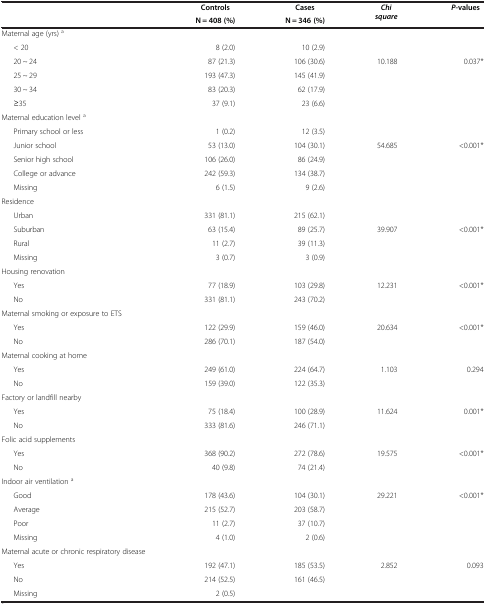
<table><thead><tr><td rowspan="2"><b> </b></td><td><b>Controls</b></td><td><b>Cases</b></td><td rowspan="2"><b><i>Chi square</i></b></td><td rowspan="2"><b><i>P</i>-values</b></td></tr><tr><td><b>N = 408 (%)</b></td><td><b>N = 346 (%)</b></td></tr></thead><tbody><tr><td>Maternal age (yrs) <sup>a</sup></td><td> </td><td> </td><td> </td><td> </td></tr><tr><td>&lt; 20</td><td>8 (2.0)</td><td>10 (2.9)</td><td> </td><td> </td></tr><tr><td>20 ~ 24</td><td>87 (21.3)</td><td>106 (30.6)</td><td>10.188</td><td>0.037*</td></tr><tr><td>25 ~ 29</td><td>193 (47.3)</td><td>145 (41.9)</td><td> </td><td> </td></tr><tr><td>30 ~ 34</td><td>83 (20.3)</td><td>62 (17.9)</td><td> </td><td> </td></tr><tr><td>≥35</td><td>37 (9.1)</td><td>23 (6.6)</td><td> </td><td> </td></tr><tr><td>Maternal education level <sup>a</sup></td><td> </td><td> </td><td> </td><td> </td></tr><tr><td>Primary school or less</td><td>1 (0.2)</td><td>12 (3.5)</td><td> </td><td> </td></tr><tr><td>Junior school</td><td>53 (13.0)</td><td>104 (30.1)</td><td>54.685</td><td>&lt;0.001*</td></tr><tr><td>Senior high school</td><td>106 (26.0)</td><td>86 (24.9)</td><td> </td><td> </td></tr><tr><td>College or advance</td><td>242 (59.3)</td><td>134 (38.7)</td><td> </td><td> </td></tr><tr><td>Missing</td><td>6 (1.5)</td><td>9 (2.6)</td><td> </td><td> </td></tr><tr><td>Residence</td><td> </td><td> </td><td> </td><td> </td></tr><tr><td>Urban</td><td>331 (81.1)</td><td>215 (62.1)</td><td> </td><td> </td></tr><tr><td>Suburban</td><td>63 (15.4)</td><td>89 (25.7)</td><td>39.907</td><td>&lt;0.001*</td></tr><tr><td>Rural</td><td>11 (2.7)</td><td>39 (11.3)</td><td> </td><td> </td></tr><tr><td>Missing</td><td>3 (0.7)</td><td>3 (0.9)</td><td> </td><td> </td></tr><tr><td>Housing renovation</td><td> </td><td> </td><td> </td><td> </td></tr><tr><td>Yes</td><td>77 (18.9)</td><td>103 (29.8)</td><td>12.231</td><td>&lt;0.001*</td></tr><tr><td>No</td><td>331 (81.1)</td><td>243 (70.2)</td><td> </td><td> </td></tr><tr><td>Maternal smoking or exposure to ETS</td><td> </td><td> </td><td> </td><td> </td></tr><tr><td>Yes</td><td>122 (29.9)</td><td>159 (46.0)</td><td>20.634</td><td>&lt;0.001*</td></tr><tr><td>No</td><td>286 (70.1)</td><td>187 (54.0)</td><td> </td><td> </td></tr><tr><td>Maternal cooking at home</td><td> </td><td> </td><td> </td><td> </td></tr><tr><td>Yes</td><td>249 (61.0)</td><td>224 (64.7)</td><td>1.103</td><td>0.294</td></tr><tr><td>No</td><td>159 (39.0)</td><td>122 (35.3)</td><td> </td><td> </td></tr><tr><td>Factory or landfill nearby</td><td> </td><td> </td><td> </td><td> </td></tr><tr><td>Yes</td><td>75 (18.4)</td><td>100 (28.9)</td><td>11.624</td><td>0.001*</td></tr><tr><td>No</td><td>333 (81.6)</td><td>246 (71.1)</td><td> </td><td> </td></tr><tr><td>Folic acid supplements</td><td> </td><td> </td><td> </td><td> </td></tr><tr><td>Yes</td><td>368 (90.2)</td><td>272 (78.6)</td><td>19.575</td><td>&lt;0.001*</td></tr><tr><td>No</td><td>40 (9.8)</td><td>74 (21.4)</td><td> </td><td> </td></tr><tr><td>Indoor air ventilation <sup>a</sup></td><td> </td><td> </td><td> </td><td> </td></tr><tr><td>Good</td><td>178 (43.6)</td><td>104 (30.1)</td><td>29.221</td><td>&lt;0.001*</td></tr><tr><td>Average</td><td>215 (52.7)</td><td>203 (58.7)</td><td> </td><td> </td></tr><tr><td>Poor</td><td>11 (2.7)</td><td>37 (10.7)</td><td> </td><td> </td></tr><tr><td>Missing</td><td>4 (1.0)</td><td>2 (0.6)</td><td> </td><td> </td></tr><tr><td>Maternal acute or chronic respiratory disease</td><td> </td><td> </td><td> </td><td> </td></tr><tr><td>Yes</td><td>192 (47.1)</td><td>185 (53.5)</td><td>2.852</td><td>0.093</td></tr><tr><td>No</td><td>214 (52.5)</td><td>161 (46.5)</td><td> </td><td> </td></tr><tr><td>Missing</td><td>2 (0.5)</td><td> </td><td> </td><td> </td></tr></tbody></table>